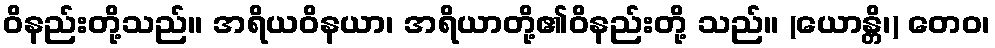
ဝိနည်းတို့သည်။ အရိယဝိနယာ၊ အရိယာတို့၏ဝိနည်းတို့ သည်။ (ယောန္တိ၊) တေဝ၊